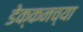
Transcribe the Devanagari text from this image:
डेक्कनच्या